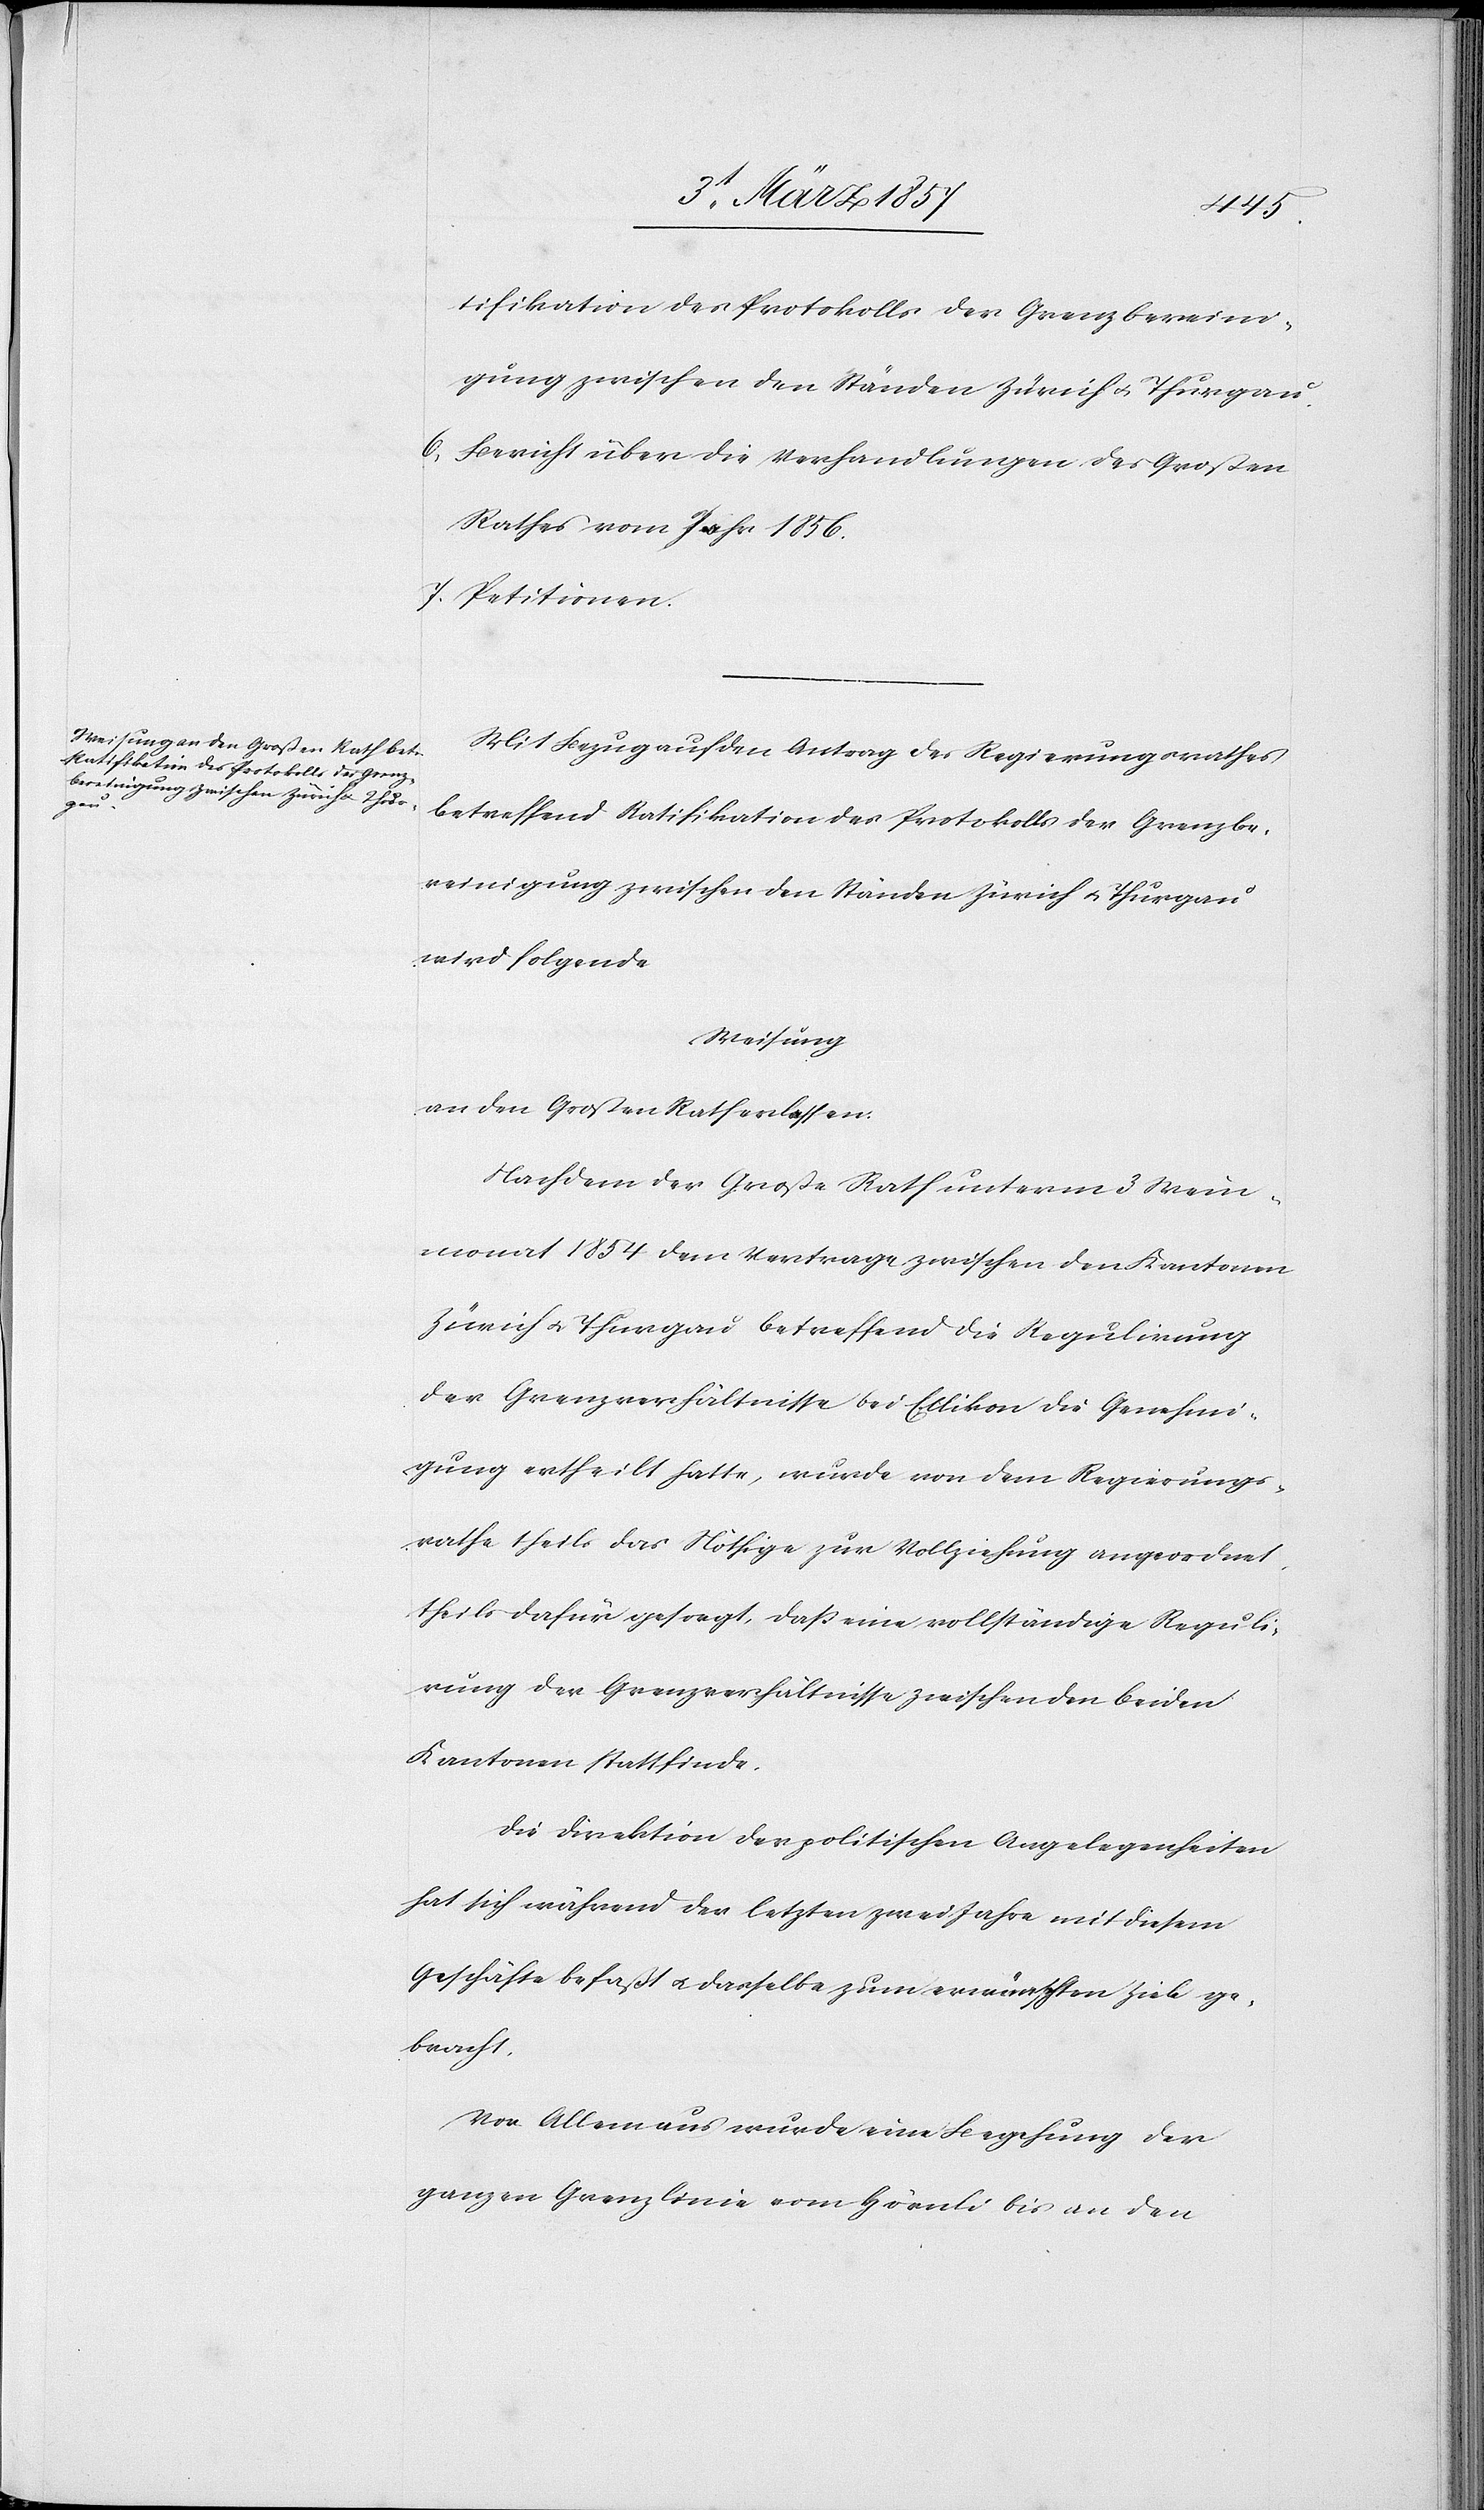
tifikation des Protokolls der Grenzbereini¬
gung zwischen den Ständen Zürich u. Thurgau.
6. Bericht über die Verhandlungen des Großen
Rathes vom Jahr 1856.
7. Petitionen.
Mit Bezug auf den Antrag des Regierungsrathes
betreffend Ratifikation des Protokolls der Grenzbe¬
reinigung zwischen den Ständen Zürich u. Thurgau
wird folgende
Weisung
an den Großen Rath erlassen.
Nachdem der Große Rath unterm 3 Wein¬
monat 1854 dem Vertrage zwischen den Kantonen
Zürich u. Thurgau betreffend die Regulirung
der Grenzverhältnisse bei Ellikon die Genehmi¬
gung ertheilt hatte, wurde von dem Regierungs¬
rathe theils das Nöthige zur Vollziehung angeordnet
theils dafür gesorgt, daß eine vollständige Reguli¬
rung der Grenzverhältnisse zwischen den beiden
Kantonen stattfinde.
Die Direktion der politischen Angelegenheiten
hat sich während der letzten zwei Jahre mit diesem
Geschäfte befaßt u. dasselbe zum erwünschten Ziele ge¬
bracht.
Vor Allem aus wurde eine Begehung der
ganzen Grenzlinie vom Hörnli bis an den